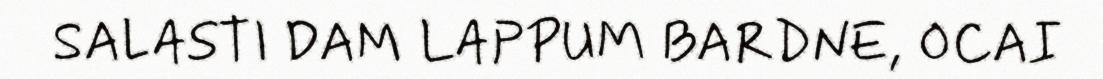
SALASTI DAM LAPPUM BARDNE, OCAI